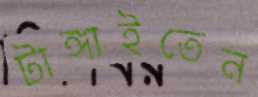
টাঙ্গাইতেন